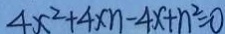
4 x ^ { 2 } + 4 x n - 4 x + n ^ { 2 } = 0